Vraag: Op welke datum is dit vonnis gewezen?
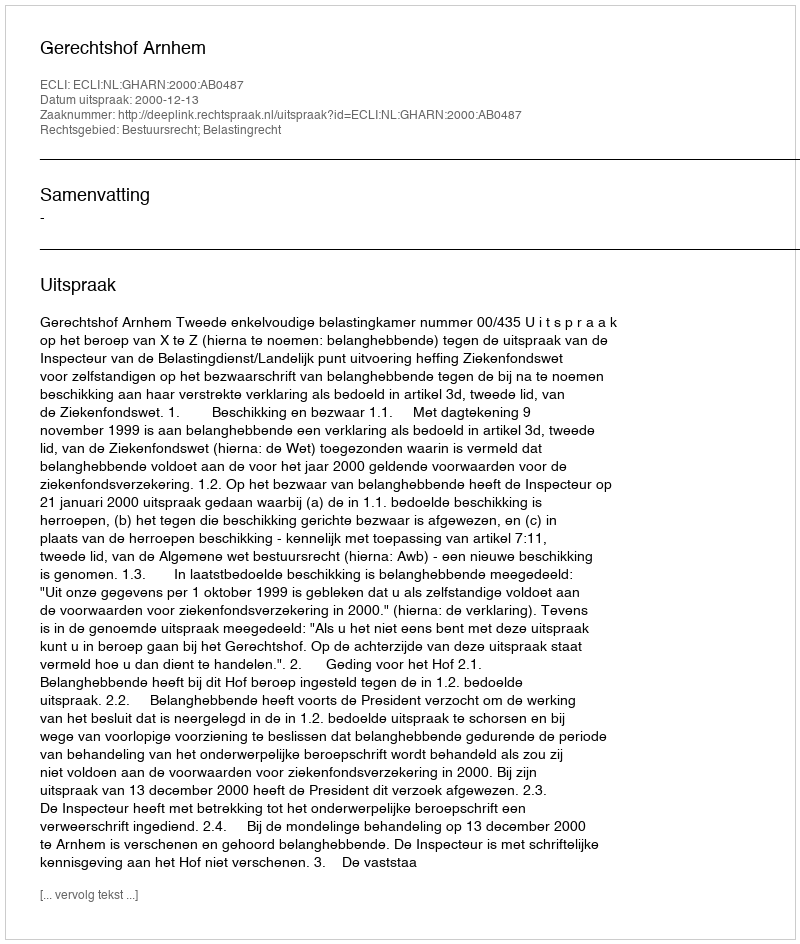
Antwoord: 2000-12-13